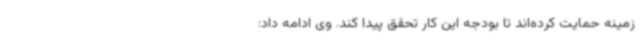
زمینه حمایت کرده‌اند تا بودجه این کار تحقق پیدا کند. وی ادامه داد: